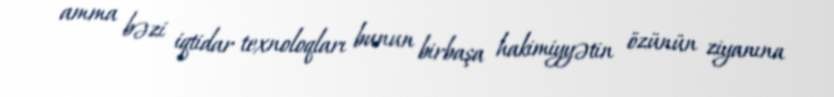
amma bəzi iqtidar texnoloqları bunun birbaşa hakimiyyətin özünün ziyanına